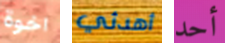
اخوة أهدئي أحد